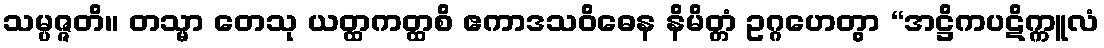
သမ္ပဇ္ဇတိ။ တသ္မာ တေသု ယတ္ထကတ္ထစိ ဧကာဒသဝိဓေန နိမိတ္တံ ဥဂ္ဂဟေတွာ “အဋ္ဌိကပဋိက္ကူလံ